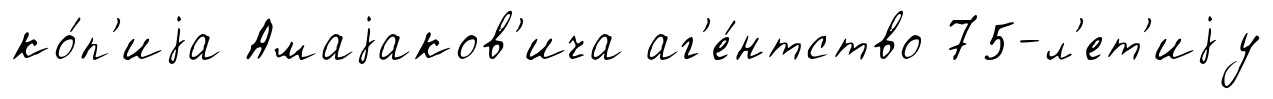
ко́п'иjа Амаjаков'ича аг'е́нтство 75-л'ет'иjу